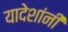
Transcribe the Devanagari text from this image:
यादेशांनी